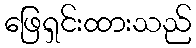
ဖြေရှင်းထားသည်